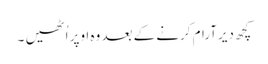
کچھ دیرآرام کرنے کے بعد وہ اوپر اُٹھیں ۔